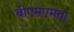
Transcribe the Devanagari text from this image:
बीएमएमचा